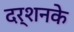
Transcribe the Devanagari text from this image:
दर्शनके